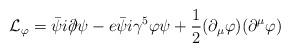
LaTeX: \begin{align*}{\cal L}_\varphi =\bar{\psi}i\partial \!\!\!/\psi -e\bar{\psi}i\gamma^5\varphi \psi +\frac 12(\partial _\mu \varphi )(\partial ^\mu \varphi )\end{align*}